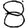
Digit: 8